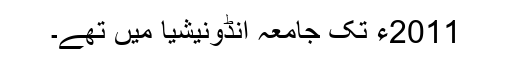
2011ء تک جامعہ انڈونیشیا میں تھے۔